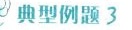
典型例题3